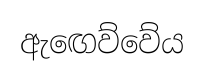
ඇඟෙව්වේය